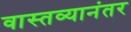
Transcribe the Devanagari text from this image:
वास्तव्यानंतर